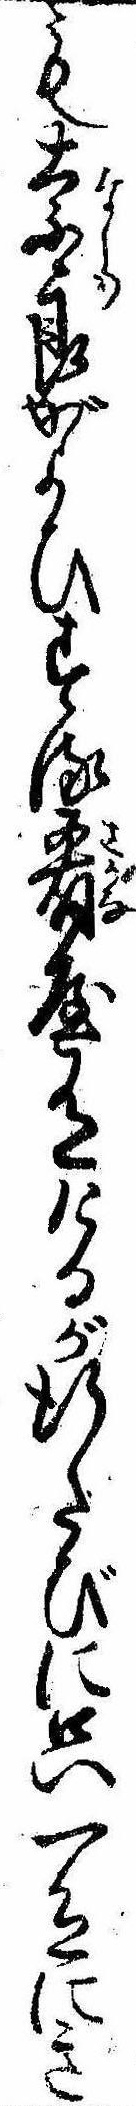
も奈良がよひする肴屋有けるが行たびに只一色にき